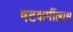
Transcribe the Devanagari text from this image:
षटकर्मील्लास